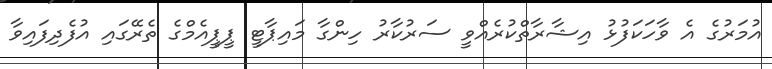
އުމަރުގެ އެ ވާހަކަފުޅު އިޝާރާތްކުރެއްވީ ސަރުކާރު ހިންގާ މައިޕާޓީ ޕީޕީއެމްގެ ތެރޭގައި އުފެދިފައިވާ